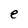
Character: e